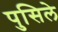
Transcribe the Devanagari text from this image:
पुसिले